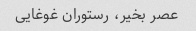
عصر بخیر، رستوران غوغایی